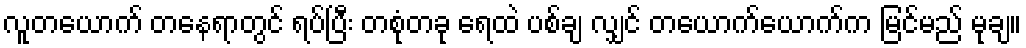
လူတယောက် တနေရာတွင် ရပ်ပြီး တစုံတခု ရေထဲ ပစ်ချ လျှင် တယောက်ယောက်က မြင်မည် မုချ။